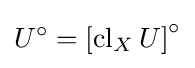
U^{\circ }=\left[\operatorname {cl} _{X}U\right]^{\circ }